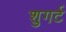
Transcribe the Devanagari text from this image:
शुगर्ट